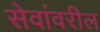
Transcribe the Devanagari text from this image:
सेवांवरील